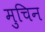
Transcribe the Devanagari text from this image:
मुचिन